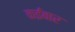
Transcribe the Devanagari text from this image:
कईबार